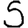
Digit: 5